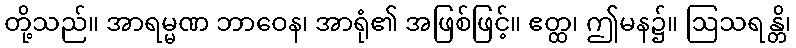
တို့သည်။ အာရမ္မဏ ဘာဝေန၊ အာရုံ၏ အဖြစ်ဖြင့်။ ဧတ္ထ၊ ဤမန၌။ ဩသရန္တိ၊